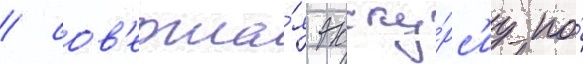
/ сов'ерша́я экску́рс'иу по́